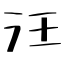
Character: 汪